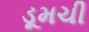
ડૂમચી